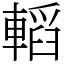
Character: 轁